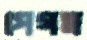
পেগম